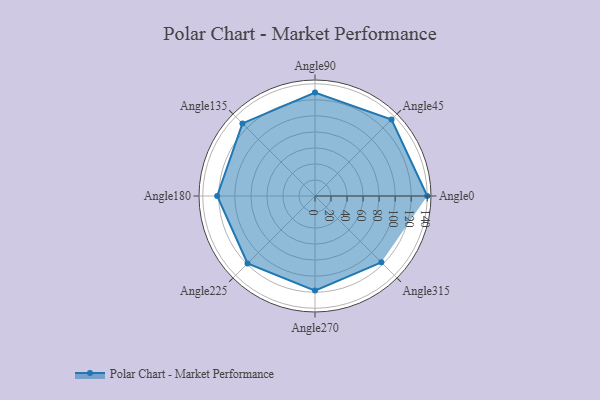
{"axis": {"x": "Angle", "y": "Radius"}, "legend": [""], "data": [{"x": "Angle0", "y": 140.0, "type": ""}, {"x": "Angle45", "y": 135.0, "type": ""}, {"x": "Angle90", "y": 129.0, "type": ""}, {"x": "Angle135", "y": 128.0, "type": ""}, {"x": "Angle180", "y": 122.0, "type": ""}, {"x": "Angle225", "y": 119.0, "type": ""}, {"x": "Angle270", "y": 118.0, "type": ""}, {"x": "Angle315", "y": 117.0, "type": ""}]}